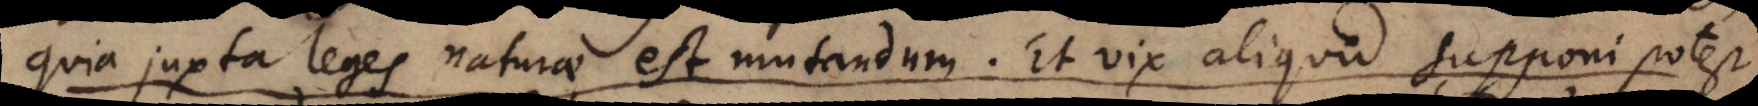
quia juxta leges naturae est mutandum. Et vix aliquid supponi potest